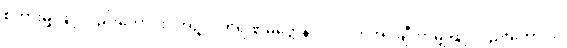
စကားမျှဖြင့်လည်းကောင်း။ အဉ္ဇလိကရဏမတ္တေန ဝါ၊ လက်အုပ်ချီကာမျှဖြင့်လည်းကောင်း။